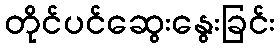
တိုင်ပင်ဆွေးနွေးခြင်း